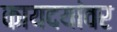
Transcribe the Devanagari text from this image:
कायदयांवर